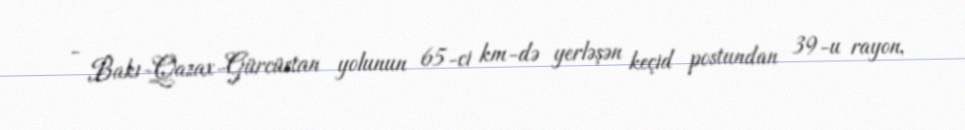
- Bakı-Qazax-Gürcüstan yolunun 65-ci km-də yerləşən keçid postundan 39-u rayon,